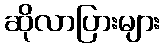
ဆိုလာပြားများ